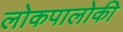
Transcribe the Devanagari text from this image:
लोकपालोकी